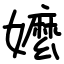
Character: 嬤